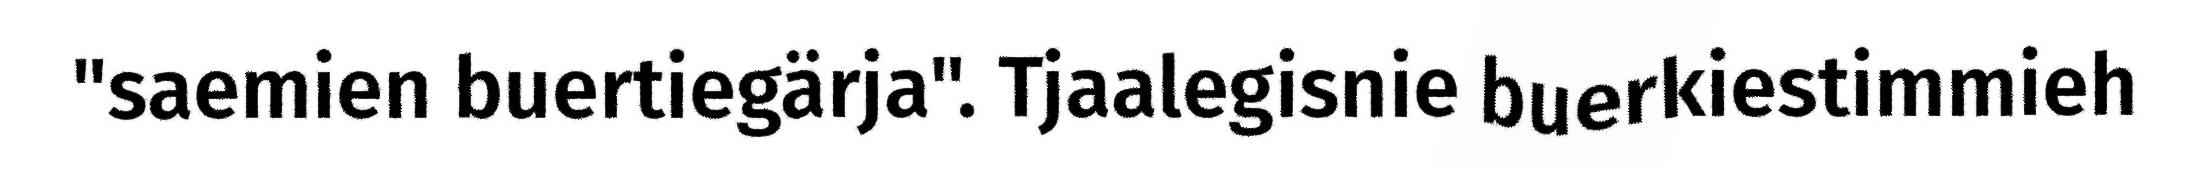
"saemien buertiegärja". Tjaalegisnie buerkiestimmieh